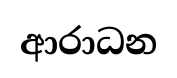
ආරාධන